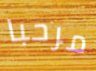
مرحبا